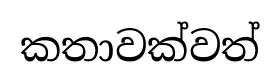
කතාවක්වත්